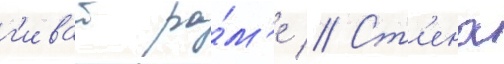
г'иват ра́м'е // Ст'ена